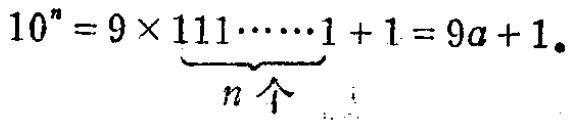
\(10^{n}=9\times\underbrace{111\cdots\cdots1}_{n个}+1 = 9a + 1\)